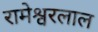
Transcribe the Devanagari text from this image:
रामेश्वरलाल